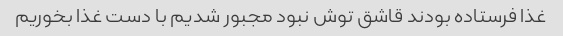
غذا فرستاده بودند قاشق توش نبود مجبور شدیم با دست غذا بخوریم